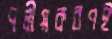
দলীয়করণই